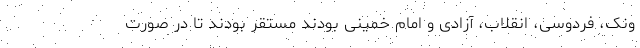
ونک، فردوسی، انقلاب، آزادی و امام خمینی بودند مستقر بودند تا در صورت